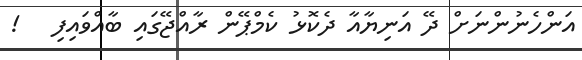
އަންހެނުންނަށް ދޭ އަނިޔާއާ ދެކޮޅު ކެމްޕޭން ރާއްޖޭގައި ބާއްވައިފި   !